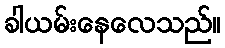
ခါယမ်းနေလေသည်။